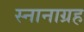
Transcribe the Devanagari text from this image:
स्नानाग्रह